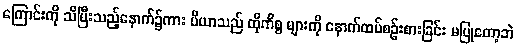
ကြောင်းကို သိပြီးသည့်နောက်၌ကား ပီယာသည် ထိုကိစ္စ များကို နောက်ထပ်စဉ်းစားခြင်း မပြုတော့ဘဲ